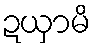
ဍယှာမိ